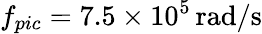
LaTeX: f_{pic}=7.5\times 10^{5}\, \mathrm{rad/s}